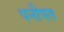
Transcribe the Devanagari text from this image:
पनीपत